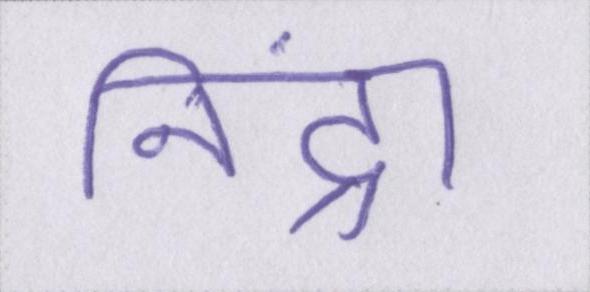
निंद्रा